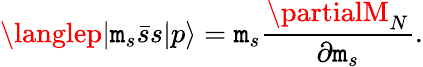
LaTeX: \langlep|\mathtt{m}_{s}\bar{{s}}s|p\rangle=\mathtt{m}_{s}\frac{{\partialM_{N}}}{{\partial\mathtt{m}_{s}}}.